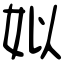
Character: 姒